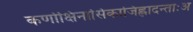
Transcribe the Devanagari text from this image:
कर्णाक्षिनासिकाजिह्लादन्ताःअ